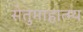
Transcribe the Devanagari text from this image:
सेतुमाहात्म्य